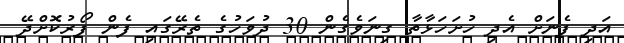
އަދި ފެނަށް އެދި ހުށަހަޅާތާ ގިނަވެގެން 30 ދުވަހުގެ ތެރޭގައި ފެން ފޯރުކޮށްދޭ